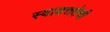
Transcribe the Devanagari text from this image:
स्वायत्ततेची